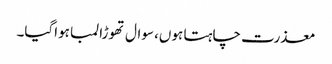
معذرت چاہتا ہوں، سوال تھوڑا لمبا ہواگیا۔